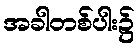
အခါတစ်ပါး၌